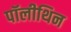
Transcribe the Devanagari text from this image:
पॉलीथिन